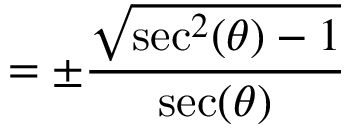
= \pm { \frac { \sqrt { \sec ^ { 2 } ( \theta ) - 1 } } { \sec ( \theta ) } }